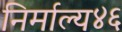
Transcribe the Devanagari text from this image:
निर्माल्य४६